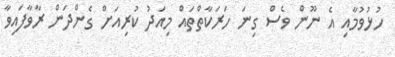
ހުޅުވުމާއި އެ ނޫން ވެސް ގިނަ ހަރަކާތްތައް މިއަދު ކުރިއަށް ގެންދަން ރާވާފައިވާ